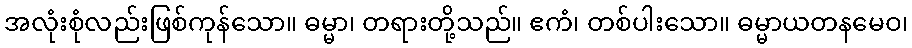
အလုံးစုံလည်းဖြစ်ကုန်သော။ ဓမ္မာ၊ တရားတို့သည်။ ဧကံ၊ တစ်ပါးသော။ ဓမ္မာယတနမေဝ၊